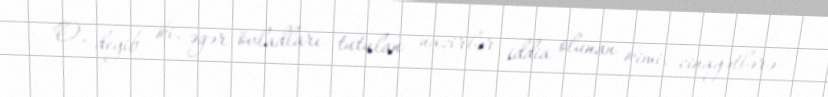
O, deyib ki, əgər övladları tutulan nazirlər iddia olunan kimi, cinayətlərə